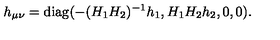
h _ { \mu \nu } = \mathrm { d i a g } ( - ( H _ { 1 } H _ { 2 } ) ^ { - 1 } h _ { 1 } , H _ { 1 } H _ { 2 } h _ { 2 } , 0 , 0 ) .